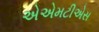
એએમટીએસ